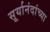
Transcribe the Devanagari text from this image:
सूर्यानंदांच्या